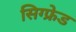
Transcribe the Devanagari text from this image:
सिग्फ्रेड